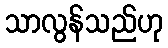
သာလွန်သည်ဟု